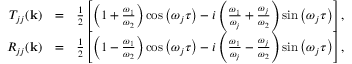
\begin{array} { r l r } { T _ { j j } ( { \bf k } ) } & { = } & { \frac { 1 } { 2 } \left[ \left( 1 + \frac { \omega _ { 1 } } { \omega _ { 2 } } \right) \cos \left( \omega _ { j } \tau \right) - i \left( \frac { \omega _ { 1 } } { \omega _ { j } } + \frac { \omega _ { j } } { \omega _ { 2 } } \right) \sin \left( \omega _ { j } \tau \right) \right] , } \\ { R _ { j j } ( { \bf k } ) } & { = } & { \frac { 1 } { 2 } \left[ \left( 1 - \frac { \omega _ { 1 } } { \omega _ { 2 } } \right) \cos \left( \omega _ { j } \tau \right) - i \left( \frac { \omega _ { 1 } } { \omega _ { j } } - \frac { \omega _ { j } } { \omega _ { 2 } } \right) \sin \left( \omega _ { j } \tau \right) \right] , } \end{array}